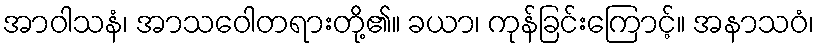
အာဝါသနံ၊ အာသဝေါတရားတို့၏။ ခယာ၊ ကုန်ခြင်းကြောင့်။ အနာသဝံ၊